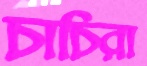
চাচিরা